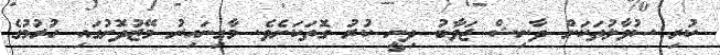
ކުރި ސުވާލުތަކަށް ދާނިޝް ޖަވާބު ދިނީ ކުރު ގޮތަކަށެވެ. މާގިނައިރު މޭޒުދޮށުގައި ހުރުމުގެ